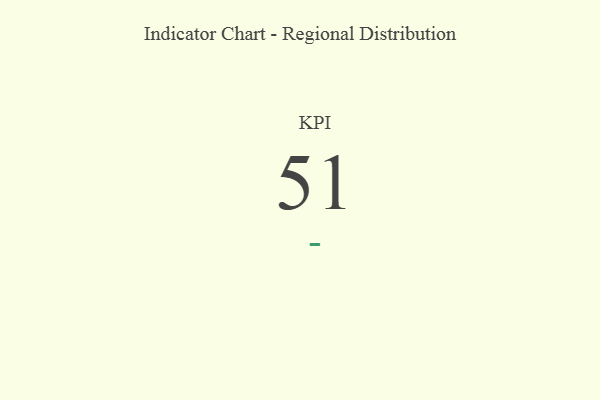
{"axis": {"x": "KPI", "y": "Value"}, "legend": [""], "data": [{"x": "KPI", "y": 51, "type": ""}]}